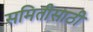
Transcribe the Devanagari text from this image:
समितीसाठी